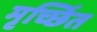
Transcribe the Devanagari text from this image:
मृर्च्छित